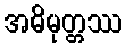
အဓိမုတ္တဿ